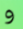
و